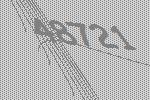
48721